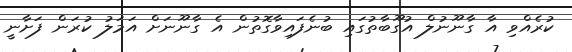
ކުރެއްވި އާ ގާނޫނުލް އުގޫބާތުގައި ބުނެފައިވާގޮތުން އެ ގާނޫނަށް އަމަލު ކުރަން ފަށާނީ